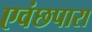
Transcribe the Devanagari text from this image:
एवंछपारा